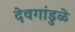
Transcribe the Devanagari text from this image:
देवगांडुळे